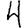
Digit: 4